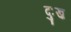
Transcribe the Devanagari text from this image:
दुःख़